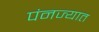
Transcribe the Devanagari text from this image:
पंनज्यात